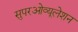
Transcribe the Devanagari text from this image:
सुपरओव्यूलेशन